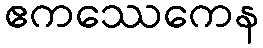
ဧကဿေကေန